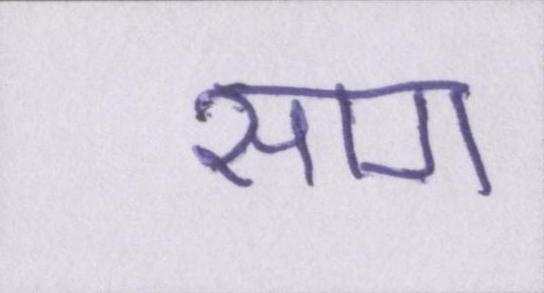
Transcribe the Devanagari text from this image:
साग